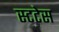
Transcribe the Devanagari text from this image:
स्टटेस